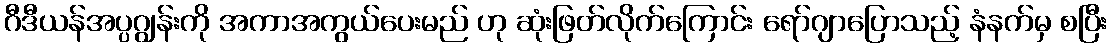
ဂီဒီယန်အပ္ပဂျွန်းကို အကာအကွယ်ပေးမည် ဟု ဆုံးဖြတ်လိုက်ကြောင်း ရော်ဂျာပြောသည့် နံနက်မှ စပြီး